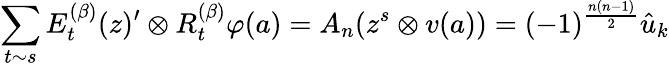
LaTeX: \sum_{t\sim s}E_{t}^{(\beta)}(z)^{\prime}\otimes R_{t}^{(\beta)}\varphi(a)=A_{n}(z^{s}\otimes v(a))=(-1)^{\frac{n(n-1)}{2}}\hat{u}_{k}